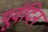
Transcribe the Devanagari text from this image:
पूर्वदिन